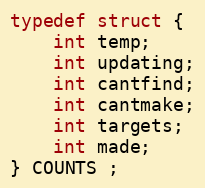
Language: C
typedef struct {
    int temp;
    int updating;
    int cantfind;
    int cantmake;
    int targets;
    int made;
} COUNTS ;